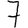
Digit: 7